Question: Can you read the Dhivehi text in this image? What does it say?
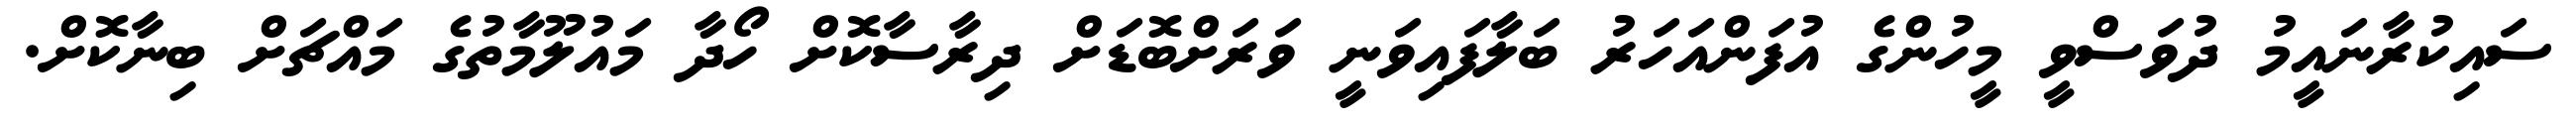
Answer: ސައިކުރާނައީމު ދުވަސްވީ މީހުންގެ އުފަންއަހަރު ބަލާފައިވަނީ ވަރަށްބޮޑަށް ދިރާސާކޮށް ހޯދާ މައުލޫމާތުގެ މައްޗަށް ބިނާކޮށް.